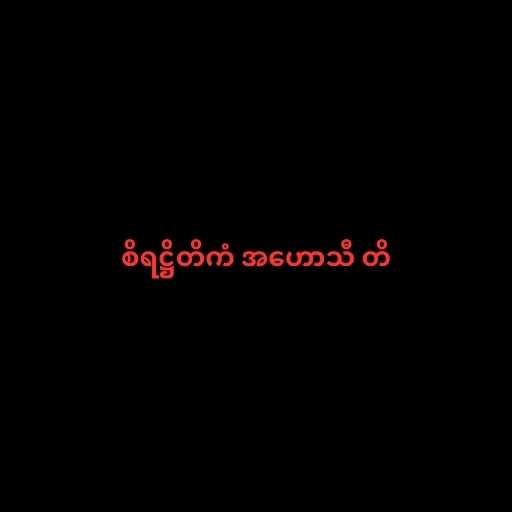
စိရဋ္ဌိတိကံ အဟောသီ တိ